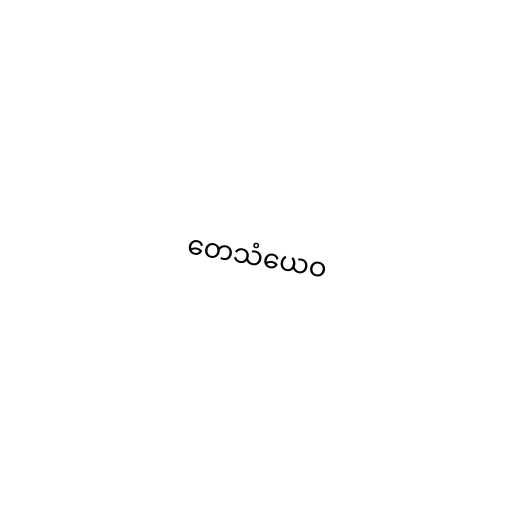
တေသံယေဝ